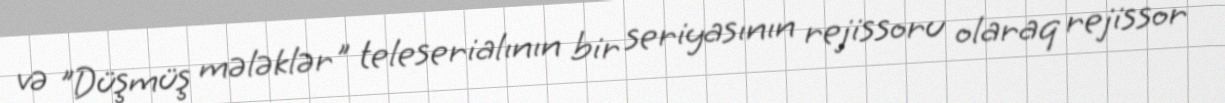
və "Düşmüş mələklər" teleserialının bir seriyasının rejissoru olaraq rejissor